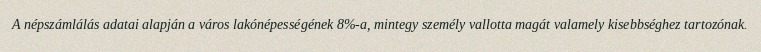
A népszámlálás adatai alapján a város lakónépességének 8%-a, mintegy személy vallotta magát valamely kisebbséghez tartozónak.